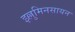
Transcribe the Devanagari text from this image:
इल्लुमिनसायन